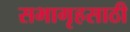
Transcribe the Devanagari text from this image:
सभागृहसाठी